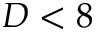
D < 8